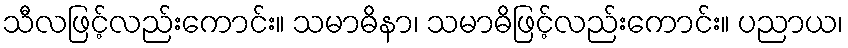
သီလဖြင့်လည်းကောင်း။ သမာဓိနာ၊ သမာဓိဖြင့်လည်းကောင်း။ ပညာယ၊